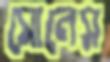
সোলেস